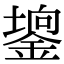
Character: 𨪄